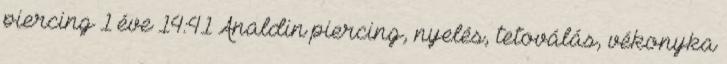
piercing 1 éve 14:41 Analdin piercing, nyelés, tetoválás, vékonyka